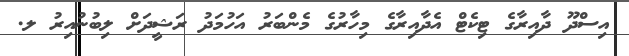
އިސްދޫ ދާއިރާގެ ޓިކެޓް އެދާއިރާގެ މިހާރުގެ މެންބަރު އަހުމަދު ރަޝީދަށް ލިބުނުއިރު ލ.